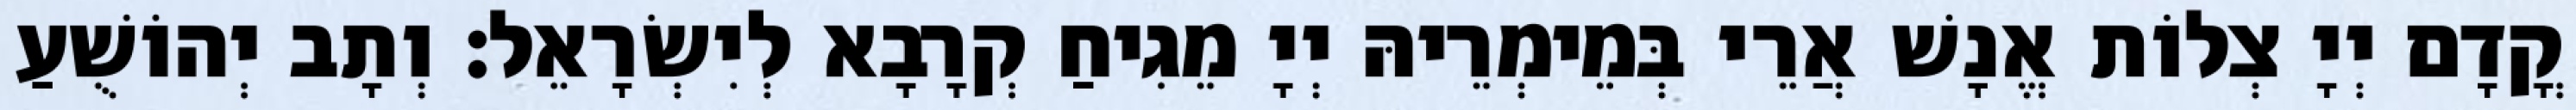
קֳדָם יְיָ צְלוֹת אֱנָשׁ אֲרֵי בְּמֵימְרֵיהּ יְיָ מֵגִיחַ קְרָבָא לְיִשְׂרָאֵל׃ וְתָב יְהוֹשֻׁעַ